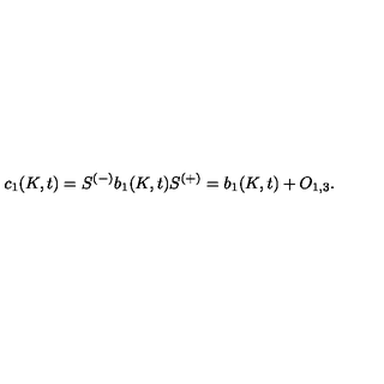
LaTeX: c _ { 1 } ( K , t ) = S ^ { ( - ) } b _ { 1 } ( K , t ) S ^ { ( + ) } = b _ { 1 } ( K , t ) + O _ { 1 , 3 } .